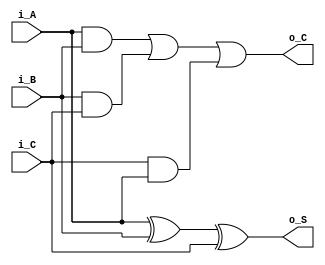
`timescale 1ns / 1ps

module adder(i_A, i_B, i_C, o_S, o_C);

    input   i_A ;
    input   i_B ;
    input   i_C ;
    output  o_S ;
    output  o_C ;
    
    assign o_S = i_A ^ i_B ^ i_C;
    assign o_C = (i_A & i_B) | (i_B & i_C) | (i_C & i_A);
    
    
endmodule